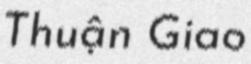
Thuận Giao